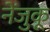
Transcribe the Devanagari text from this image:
नेंजुकू